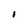
Character: I